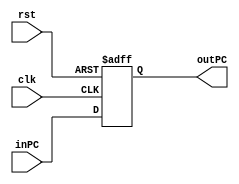
`timescale 1ns / 1ns

module pcRst(
    input rst,
    input clk,
    input [31:0] inPC,
    output reg [31:0] outPC
);

    always@(posedge clk, posedge rst) begin
            if(rst)
                outPC <= 31'h00001000;
            else
                outPC <= inPC;
    end

endmodule